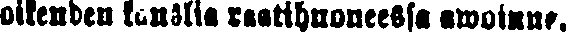
oikeuden kanslia raatihuoneessa awoinna.